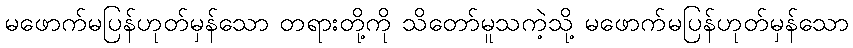
မဖောက်မပြန်ဟုတ်မှန်သော တရားတို့ကို သိတော်မူသကဲ့သို့ မဖောက်မပြန်ဟုတ်မှန်သော